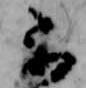
不